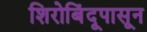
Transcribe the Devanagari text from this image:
शिरोबिंदूपासून